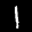
Label: 1